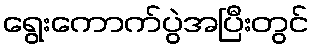
ရွေးကောက်ပွဲအပြီးတွင်